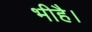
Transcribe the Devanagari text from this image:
भीहै।